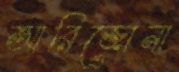
আরিজোনা